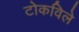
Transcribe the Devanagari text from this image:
टोकविले